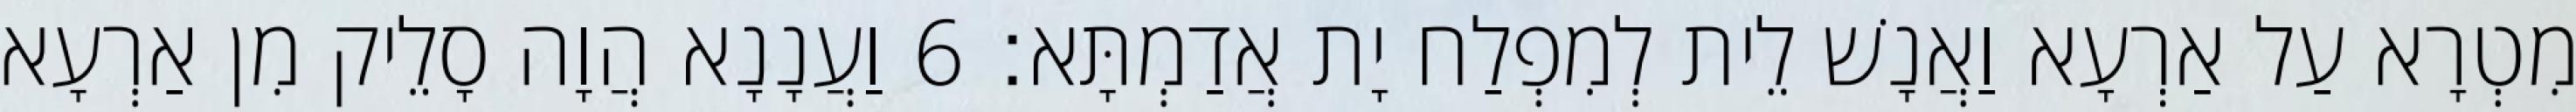
מִטְרָא עַל אַרְעָא וַאֲנָשׁ לֵית לְמִפְלַח יָת אֲדַמְתָּא׃ 6 וַעֲנָנָא הֲוָה סָלֵיק מִן אַרְעָא